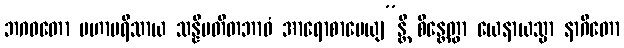
ဘဂဝတော မဟာပရိသာယ သန္နိပတိတဘာဝံ အာရောစာပေယျ”န္တိ စိန္တေတွာ ယေနာယသ္မာ နာဂိတော